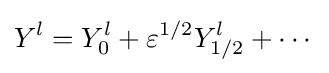
Y^{l}=Y_{0}^{l}+\varepsilon ^{1/2}Y_{1/2}^{l}+\cdots